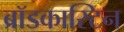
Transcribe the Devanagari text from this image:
ब्रॉडकास्टिन